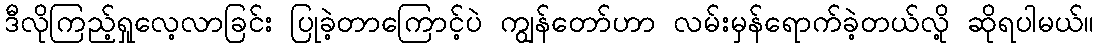
ဒီလိုကြည့်ရှုလေ့လာခြင်း ပြုခဲ့တာကြောင့်ပဲ ကျွန်တော်ဟာ လမ်းမှန်ရောက်ခဲ့တယ်လို့ ဆိုရပါမယ်။